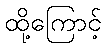
ထို့ကြောင့်